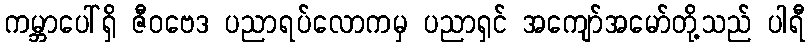
ကမ္ဘာပေါ်ရှိ ဇီဝဗေဒ ပညာရပ်လောကမှ ပညာရှင် အကျော်အမော်တို့သည် ပါရီ